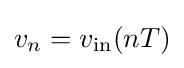
v_{n}=v_{\rm {in}}(nT)